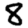
Digit: 8